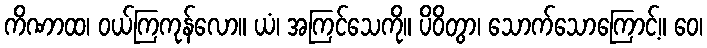
ကိဏာထ၊ ဝယ်ကြကုန်လော။ ယံ၊ အကြင်သေကို။ ပိဝိတွာ၊ သောက်သောကြောင့်။ ဝေ၊